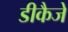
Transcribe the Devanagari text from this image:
डीकैजे